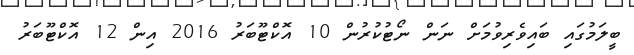
ބީލަމުގައި ބައިވެރިވުމަށް ނަން ނޯޓުކުރުން 10 އޮކްޓޫބަރު 2016 އިން 12 އޮކްޓޫބަރު